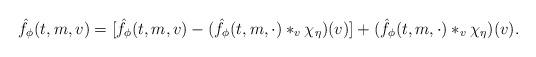
LaTeX: \begin{align*}\hat f_\phi(t,m,v)=[\hat f_\phi(t,m,v)- (\hat f_\phi(t,m,\cdot)\ast_v\chi_{\eta})(v)]+ (\hat f_\phi(t,m,\cdot)\ast_v \chi_{\eta })(v).\end{align*}